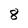
Character: 8